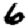
Digit: 6